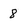
Character: 8